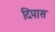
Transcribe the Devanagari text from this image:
दिपास